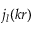
j _ { l } ( k r )